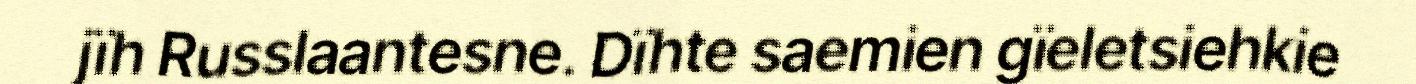
jïh Russlaantesne. Dïhte saemien gïeletsiehkie